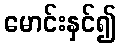
မောင်းနှင်၍